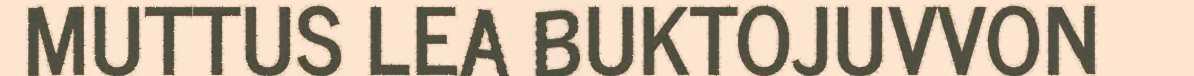
MUTTUS LEA BUKTOJUVVON